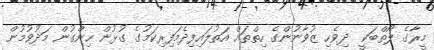
މީރާގެ ލޯތްބަކީ  ދިވެހި ޒުވާނުންގެ ހިތްތައް އަތުލައިފިދެމަފިރިކަމުގެ ގުޅުން ހިންގުން މަދުވުމުން